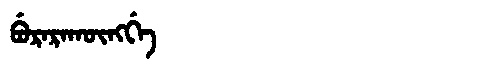
Manchu: ᠪᡠᡵᠠᡵᠠᡴᡡᠩᡤᡝ
Romanization: BURARAKŪNGGE